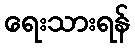
ရေးသားရန်